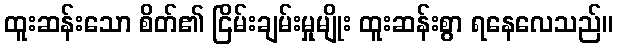
ထူးဆန်းသော စိတ်၏ ငြိမ်းချမ်းမှုမျိုး ထူးဆန်းစွာ ရနေလေသည်။